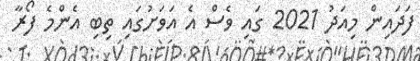
ފަދައިން މިއަދު 2021 ގައި ވެސް އެ އަވަށުގައި ތިބި އެންމެ ފޯރާ